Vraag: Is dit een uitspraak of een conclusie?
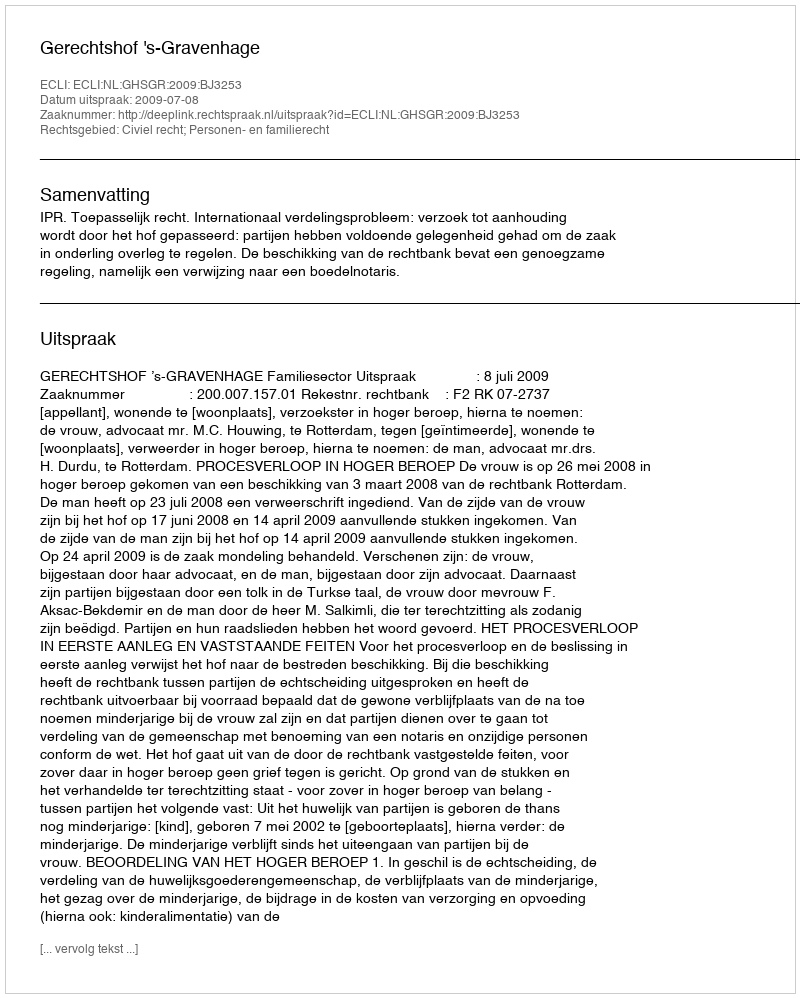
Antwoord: Uitspraak